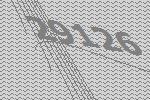
29126